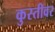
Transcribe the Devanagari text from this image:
कुस्तीवर